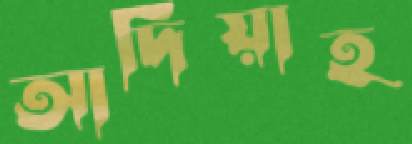
আদিয়াহ